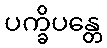
ပက္ခိပန္တေ